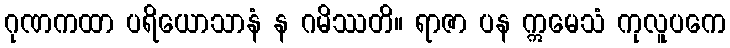
ဂုဏကထာ ပရိယောသာနံ န ဂမိဿတိ။ ရာဇာ ပန ဣမေသံ ကုလူပကေ